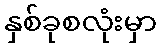
နှစ်ခုစလုံးမှာ